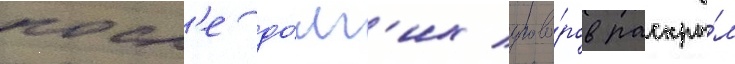
посл'е до́лг'их угово́ров раскры́л